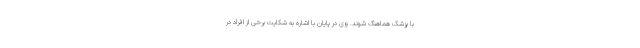
با پزشک هماهنگ شوند. وی در پایان با اشاره به شکایت برخی از افراد در